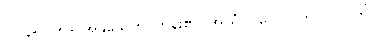
၀၇၄+၀၇၅+ အနုသေတိ၊ ကိန်း၏။ အယံပုဂ္ဂလော၊ ဤပုဂ္ဂိုလ်ကို။